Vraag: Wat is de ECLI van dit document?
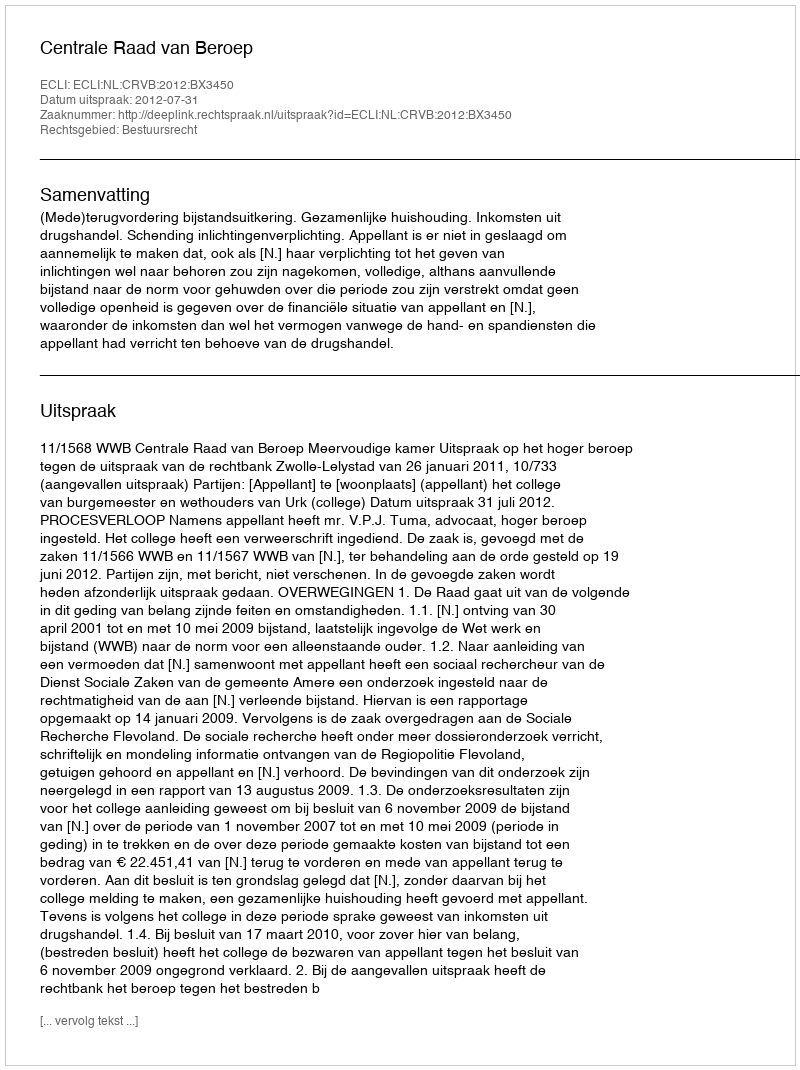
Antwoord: ECLI:NL:CRVB:2012:BX3450